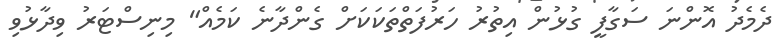
ދެމެދު އޮންނަ ސަގާފީ ގުޅުން އިތުރު ހަރުފަތްތަކަކަށް ގެންދާނެ ކަމެއް" މިނިސްޓަރު ވިދާޅުވި